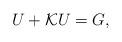
LaTeX: \begin{align*}U + {\cal K} U = G, \end{align*}